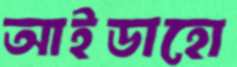
আইডাহো